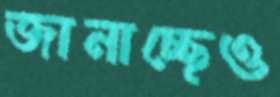
জানাচ্ছেও